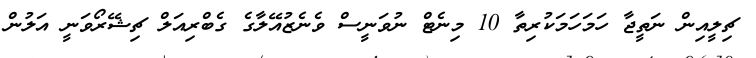
ޗިލީއިން ނަތީޖާ ހަމަހަމަކުރިތާ 10 މިނެޓް ނުވަނީސް ވެނެޒުއޭލާގެ ގެބްރިއަލް ޗިޝޭރޯވަނީ އަލުން